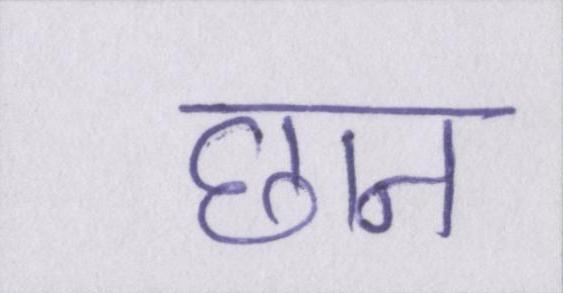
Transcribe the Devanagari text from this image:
छान